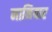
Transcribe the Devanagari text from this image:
मानियार